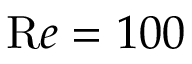
{ \mathrm R e } = 1 0 0